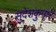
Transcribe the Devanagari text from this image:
सुदेशकुमार